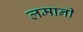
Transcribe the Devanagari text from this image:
लमानी